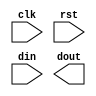

module layer_xor_rtl 
    # ( parameter  INPUT_NUM_ONE_EQUATION       = 0  , // 29 
                   OUTPUT_NUM_ONE_EQUATION     = 0  , // 30 
                   BUS_WIDTH                    = INPUT_NUM_ONE_EQUATION*32
        )
( 
            input	            						clk      ,   
            input	            						rst      ,   
            input      [BUS_WIDTH-1:0]    				din      ,
            output reg [OUTPUT_NUM_ONE_EQUATION*32-1:0]    dout 				      

 ) ;


parameter INPUT_NUM_ONE_SECTION = INPUT_NUM_ONE_EQUATION / OUTPUT_NUM_ONE_EQUATION ;

// wire [LUT_NUM_ONE_EQUATION*32-1:0]  dout_pre ;

// genvar i,j;
// generate
//     for (i=0; i<32; i=i+1) begin : first_layer_1
//     	for (j=0; j<LUT_NUM_ONE_EQUATION; j=j+1) begin : first_layer_2
//     	   	LUT6 #(
// 		   	   .INIT(64'h6996966996696996)  // Specify LUT Contents
// 		   	) LUT6_inst (
// 		   	   .O(dout_pre[i*LUT_NUM_ONE_EQUATION+j]),   // LUT general output
// 		   	   .I0(din[i*LUT_NUM_ONE_EQUATION*6+j*6]), // LUT input
// 		   	   .I1(din[i*LUT_NUM_ONE_EQUATION*6+j*6+1]), // LUT input
// 		   	   .I2(din[i*LUT_NUM_ONE_EQUATION*6+j*6+2]), // LUT input
// 		   	   .I3(din[i*LUT_NUM_ONE_EQUATION*6+j*6+3]), // LUT input
// 		   	   .I4(din[i*LUT_NUM_ONE_EQUATION*6+j*6+4]), // LUT input
// 		   	   .I5(din[i*LUT_NUM_ONE_EQUATION*6+j*6+5])  // LUT input
// 		   	);
//     	end
//     end
// endgenerate

wire [32*OUTPUT_NUM_ONE_EQUATION-1:0] temp_xor ;



genvar k,k1;
generate 
    for ( k1=0; k1<32; k1=k1+1) begin : xor_rtl_1  
        for (k=0; k<OUTPUT_NUM_ONE_EQUATION; k=k+1) begin : xor_rtl_2
            assign temp_xor [k1*OUTPUT_NUM_ONE_EQUATION+k] = ^din[k1*INPUT_NUM_ONE_EQUATION + INPUT_NUM_ONE_SECTION*(k+1)-1 -:  INPUT_NUM_ONE_SECTION];
        end
    end
endgenerate







integer m,n ;
always @(posedge clk  ) begin
	// if (rst == 1'b1) begin
	// 	dout <= 'b0 ;
	// end
 //    else begin
        for (m=0; m<32; m=m+1) begin 
            for (n=0; n<OUTPUT_NUM_ONE_EQUATION; n=n+1) begin 
                dout[m*OUTPUT_NUM_ONE_EQUATION+n] <= temp_xor[m*OUTPUT_NUM_ONE_EQUATION+n];
            end
        end
    // end
end

endmodule 


// 

// wire  [INPUT_NUM_ONE_EQUATION-10]  temp_xor    [31:0]    ;

// genvar k2,k3;
// generate 
//     for ( k2=0; k2<32; k2=k2+1) begin : xor_rtl_init_1
//         for  ( k3=0; k3<OUTPUT_NUM_ONE_EQUATION;k3=k3+1 ) begin :xor_rtl_init_2 
//             assign temp_xor  [k2][(INPUT_NUM_ONE_EQUATION/OUTPUT_NUM_ONE_EQUATION)*k3] = din[ INPUT_NUM_ONE_EQUATION*k2 +(INPUT_NUM_ONE_EQUATION/OUTPUT_NUM_ONE_EQUATION)*k3+ 0 ] ^ din[ INPUT_NUM_ONE_EQUATION*k2 +(INPUT_NUM_ONE_EQUATION/OUTPUT_NUM_ONE_EQUATION)*k3+ 1 ] ;
//         end 
//     end
// endgenerate


// genvar k,k1;
// generate 
//     for ( k1=0; k1<32; k1=k1+1) begin : xor_rtl_1  
//         for (k=1; k<BUS_WIDTH-1; k=k+1) begin : xor_rtl_2
//             assign temp_xor [k1][k] = temp_xor[k1][k-1] ^ din [INPUT_NUM_ONE_EQUATION*k1+k+1] ;
//         end
//     end
// endgenerate